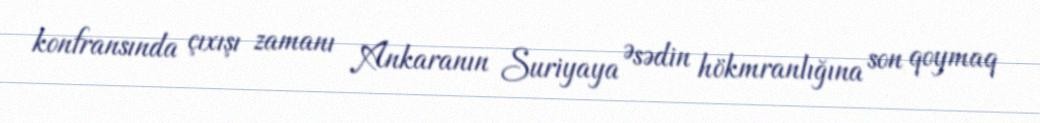
konfransında çıxışı zamanı Ankaranın Suriyaya Əsədin hökmranlığına son qoymaq